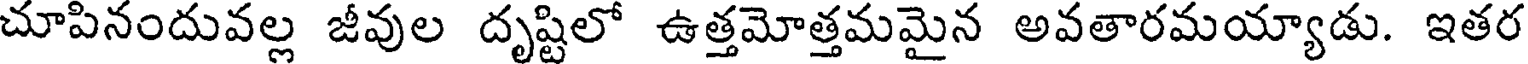
చూపినందువల్ల జీవుల దృష్టిలో ఉత్తమోత్తమమైన అవతారమయ్యాడు. ఇతర